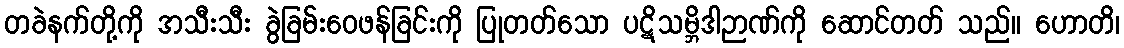
တခဲနက်တို့ကို အသီးသီး ခွဲခြမ်းဝေဖန်ခြင်းကို ပြုတတ်သော ပဋိသမ္ဘိဒါဉာဏ်ကို ဆောင်တတ် သည်။ ဟောတိ၊